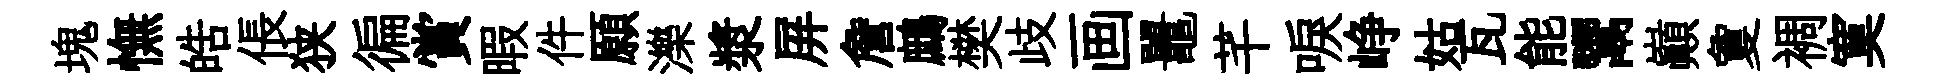
塊憮皓倀狭徧賞暇件願濼漿屏詹鷓樊歧画鼉芊唳峥姑瓦能鬻巔夐裯寞